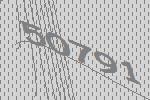
50791